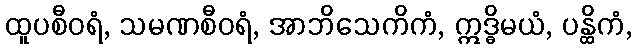
ထူပစီဝရံ, သမဏစီဝရံ, အာဘိသေကိကံ, ဣဒ္ဓိမယံ, ပန္ထိကံ,